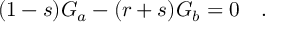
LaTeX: ( 1 - s ) G _ { a } - ( r + s ) G _ { b } = 0 \quad .